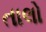
તાલો